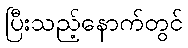
ပြီးသည့်နောက်တွင်